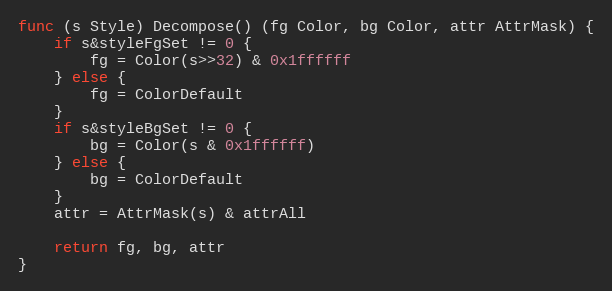
Language: Go
func (s Style) Decompose() (fg Color, bg Color, attr AttrMask) {
	if s&styleFgSet != 0 {
		fg = Color(s>>32) & 0x1ffffff
	} else {
		fg = ColorDefault
	}
	if s&styleBgSet != 0 {
		bg = Color(s & 0x1ffffff)
	} else {
		bg = ColorDefault
	}
	attr = AttrMask(s) & attrAll

	return fg, bg, attr
}